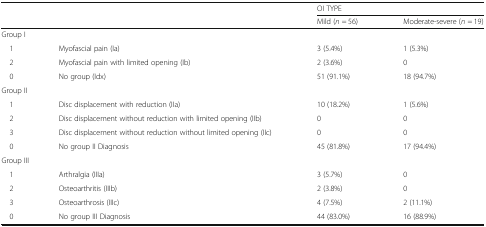
| <ROWSPAN=2-COLSPAN=2>  | <COLSPAN=2> OI TYPE |
 | Mild (n = 56) | Moderate-severe (n = 19) |
 | --- | --- | --- | --- |
 | <COLSPAN=4> Group I |
 | 1 | Myofascial pain (Ia) | 3 (5.4%) | 1 (5.3%) |
 | 2 | Myofascial pain with limited opening (Ib) | 2 (3.6%) | 0 |
 | 0 | No group (Idx) | 51 (91.1%) | 18 (94.7%) |
 | <COLSPAN=4> Group II |
 | 1 | Disc displacement with reduction (IIa) | 10 (18.2%) | 1 (5.6%) |
 | 2 | Disc displacement without reduction with limited opening (IIb) | 0 | 0 |
 | 3 | Disc displacement without reduction without limited opening (IIc) | 0 | 0 |
 | 0 | No group II Diagnosis | 45 (81.8%) | 17 (94.4%) |
 | <COLSPAN=4> Group III |
 | 1 | Arthralgia (IIIa) | 3 (5.7%) | 0 |
 | 2 | Osteoarthritis (IIIb) | 2 (3.8%) | 0 |
 | 3 | Osteoarthrosis (IIIc) | 4 (7.5%) | 2 (11.1%) |
 | 0 | No group III Diagnosis | 44 (83.0%) | 16 (88.9%) |